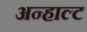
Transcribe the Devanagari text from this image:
अन्हाल्ट